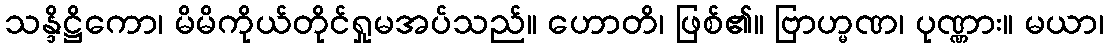
သန္ဒိဋ္ဌိကော၊ မိမိကိုယ်တိုင်ရှုမအပ်သည်။ ဟောတိ၊ ဖြစ်၏။ ဗြာဟ္မဏ၊ ပုဏ္ဏား။ မယာ၊